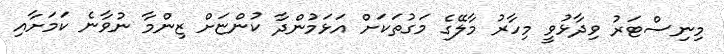
މިނިސްޓަރު ވިދާޅުވީ މިހާރު މާލޭގެ މަގުތަކަށް އަޅަމުންދާ ކުންޏަށް ޒިންމާ ނުވާނެ ކަމަށާއި